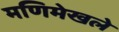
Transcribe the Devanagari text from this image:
मणिमेखले